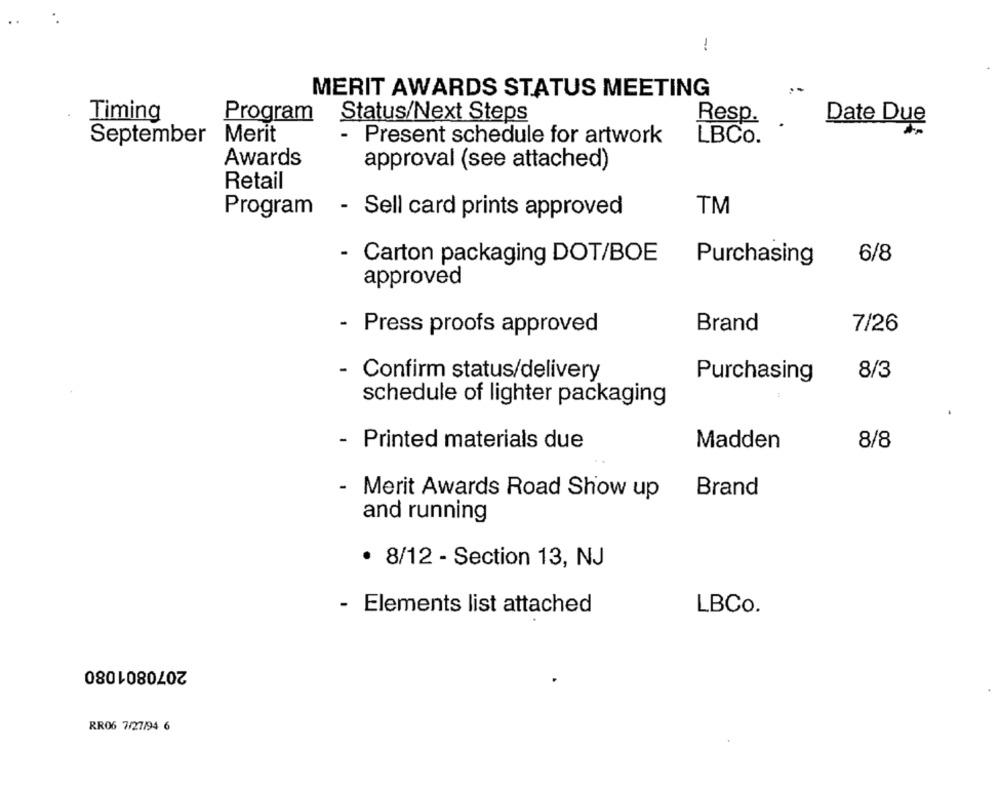
MERIT AWARDS STATUS MEETING
Timing
Program
Status/Next Steps
Resp.
Date Due
September Merit
- Present schedule for artwork
LBCo.
Awards
approval (see attached)
Retail
Program
- Sell card prints approved
TM
- Carton packaging DOT/BOE
Purchasing
6/8
approved
- Press proofs approved
Brand
7/26
- Confirm status/delivery
Purchasing
8/3
schedule of lighter packaging
8/8
- Printed materials due
Madden
-
Merit Awards Road Show up
Brand
and running
· 8/12 - Section 13, NJ
- Elements list attached
LBCo.
2070801080
RR06 7/27/94 6